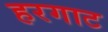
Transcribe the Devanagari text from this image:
हरगाट